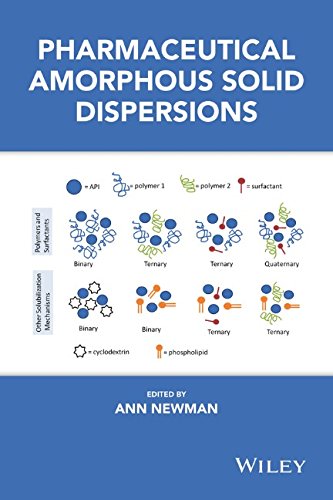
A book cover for Pharmaceutical Amorphous Solid Dispersions; Medical Books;